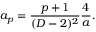
a _ { p } = { \frac { p + 1 } { ( D - 2 ) ^ { 2 } } } { \frac { 4 } { a } } .